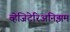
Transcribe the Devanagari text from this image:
व्हेजिटेरिअनिझम